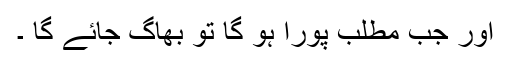
اور جب مطلب پورا ہو گا تو بھاگ جائے گا ۔